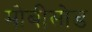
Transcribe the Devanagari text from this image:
मोबीसोड